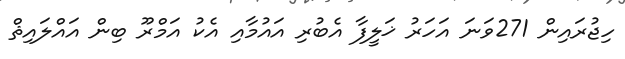
ހިޖުރައިން 271ވަނަ އަހަރު ޚަލީފާ އެބުރި އައުމާއި އެކު އަމްރޫ ބިން އައްލައިޘް